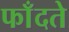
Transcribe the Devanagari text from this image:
फाँदते